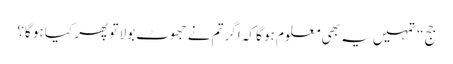
جج “تمہیں یہ بھی معلوم ہو گا کہ اگر تم نے جھوٹ بولا تو پھر کیا ہو گا؟